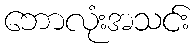
ဘောလုံးအသင်း